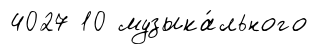
4027 10 музыка́льного